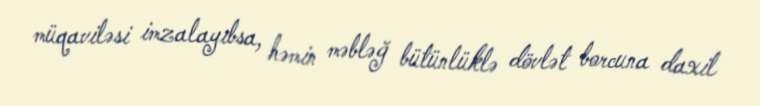
müqaviləsi imzalayıbsa, həmin məbləğ bütünlüklə dövlət borcuna daxil